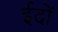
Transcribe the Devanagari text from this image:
ईदों